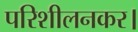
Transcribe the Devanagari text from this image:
परिशीलनकर।